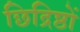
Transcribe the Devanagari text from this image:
छिद्रिष्ठों